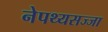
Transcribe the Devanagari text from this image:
नेपथ्यसज्जा